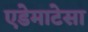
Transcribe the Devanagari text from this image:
एडेमाटेसा